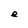
Character: e